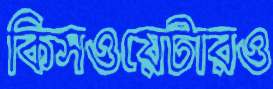
কিসওয়েটারও